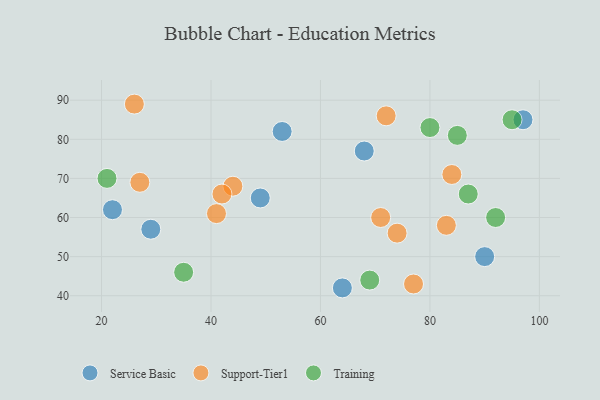
{"axis": {"x": "GDP", "y": "Life Expectancy"}, "legend": ["Service Basic", "Support-Tier1", "Training"], "data": [{"x": "68", "y": 77, "type": "Service Basic"}, {"x": "49", "y": 65, "type": "Service Basic"}, {"x": "53", "y": 82, "type": "Service Basic"}, {"x": "29", "y": 57, "type": "Service Basic"}, {"x": "64", "y": 42, "type": "Service Basic"}, {"x": "90", "y": 50, "type": "Service Basic"}, {"x": "22", "y": 62, "type": "Service Basic"}, {"x": "97", "y": 85, "type": "Service Basic"}, {"x": "83", "y": 58, "type": "Support-Tier1"}, {"x": "44", "y": 68, "type": "Support-Tier1"}, {"x": "74", "y": 56, "type": "Support-Tier1"}, {"x": "27", "y": 69, "type": "Support-Tier1"}, {"x": "42", "y": 66, "type": "Support-Tier1"}, {"x": "71", "y": 60, "type": "Support-Tier1"}, {"x": "41", "y": 61, "type": "Support-Tier1"}, {"x": "77", "y": 43, "type": "Support-Tier1"}, {"x": "84", "y": 71, "type": "Support-Tier1"}, {"x": "72", "y": 86, "type": "Support-Tier1"}, {"x": "26", "y": 89, "type": "Support-Tier1"}, {"x": "85", "y": 81, "type": "Training"}, {"x": "80", "y": 83, "type": "Training"}, {"x": "69", "y": 44, "type": "Training"}, {"x": "92", "y": 60, "type": "Training"}, {"x": "21", "y": 70, "type": "Training"}, {"x": "95", "y": 85, "type": "Training"}, {"x": "87", "y": 66, "type": "Training"}, {"x": "35", "y": 46, "type": "Training"}]}